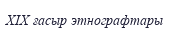
XIX ғасыр этнографтары